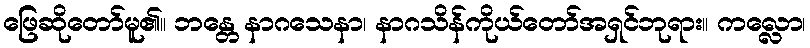
ဖြေဆိုတော်မူ၏။ ဘန္တေ နာဂသေနာ၊ နာဂသိန်ကိုယ်တော်အရှင်ဘုရား။ ကလ္လော၊